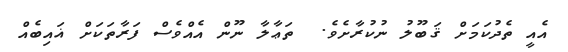
އެއީ ތެދުކަމަށް ޤަބޫލު ނުކުރާށެވެ.  ތަޢާލާ ނޫން އެއްވެސް ފަރާތަކަށް ޣައިބެއް